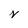
Character: N